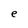
Character: e